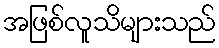
အဖြစ်လူသိများသည်